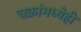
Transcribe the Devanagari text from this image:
चक्रांमध्येही